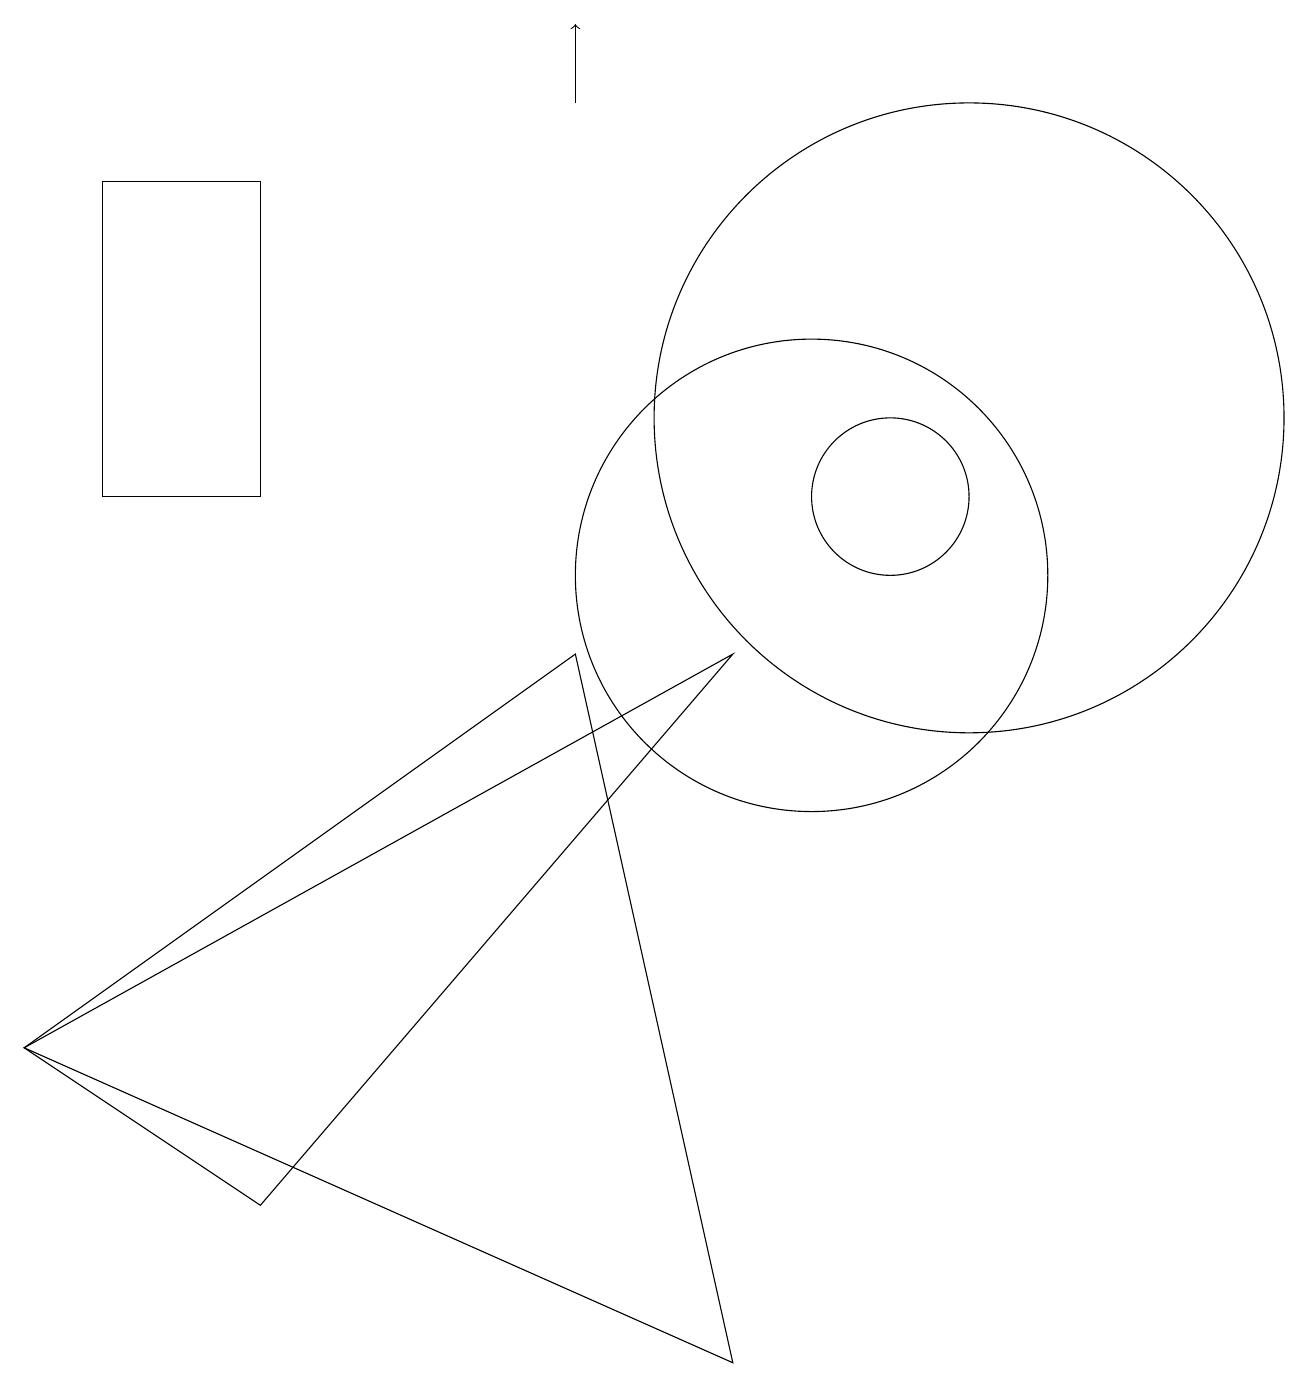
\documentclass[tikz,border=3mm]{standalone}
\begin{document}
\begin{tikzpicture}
\draw (9,0) -- (0,4) -- (7,9) -- cycle;
\draw (10,10) circle (3);
\draw (11,11) circle (1);
\draw (9,9) -- (0,4) -- (3,2) -- cycle;
\draw (12,12) circle (4);
\draw[->] (7,16) -- (7,17);
\draw (3,11) rectangle (1,15);
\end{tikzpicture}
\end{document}